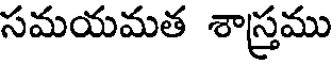
సమయమత శాస్త్రము